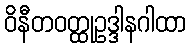
ဝိနီတဝတ္ထုဥဒ္ဒါနဂါထာ